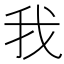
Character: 我